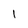
Character: 1